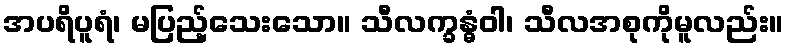
အပရိပူရံ၊ မပြည့်သေးသော။ သီလက္ခန္ဓံဝါ၊ သီလအစုကိုမူလည်း။